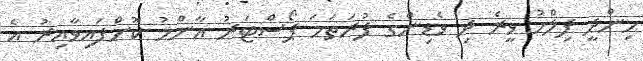
ހިންދީ ފިލްމު ވީރެ ދި ވެޑިންގެ ފުރަތަމަ ޕޯސްޓަރު އާންމު ކޮށްފައިވާއިރު އެ